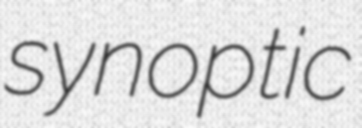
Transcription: synoptic